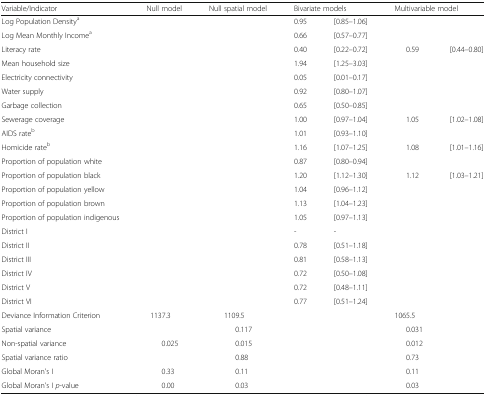
<table><thead><tr><td><b>Variable/Indicator</b></td><td><b>Null model</b></td><td><b>Null spatial model</b></td><td colspan="2"><b>Bivariate models</b></td><td colspan="2"><b>Multivariable model</b></td></tr></thead><tbody><tr><td>Log Population Density<sup>a</sup></td><td></td><td></td><td>0.95</td><td>[0.85–1.06]</td><td></td><td></td></tr><tr><td>Log Mean Monthly Income<sup>a</sup></td><td></td><td></td><td>0.66</td><td>[0.57–0.77]</td><td></td><td></td></tr><tr><td>Literacy rate</td><td></td><td></td><td>0.40</td><td>[0.22–0.72]</td><td>0.59</td><td>[0.44–0.80]</td></tr><tr><td>Mean household size</td><td></td><td></td><td>1.94</td><td>[1.25–3.03]</td><td></td><td></td></tr><tr><td>Electricity connectivity</td><td></td><td></td><td>0.05</td><td>[0.01–0.17]</td><td></td><td></td></tr><tr><td>Water supply</td><td></td><td></td><td>0.92</td><td>[0.80–1.07]</td><td></td><td></td></tr><tr><td>Garbage collection</td><td></td><td></td><td>0.65</td><td>[0.50–0.85]</td><td></td><td></td></tr><tr><td>Sewerage coverage</td><td></td><td></td><td>1.00</td><td>[0.97–1.04]</td><td>1.05</td><td>[1.02–1.08]</td></tr><tr><td>AIDS rate<sup>b</sup></td><td></td><td></td><td>1.01</td><td>[0.93–1.10]</td><td></td><td></td></tr><tr><td>Homicide rate<sup>b</sup></td><td></td><td></td><td>1.16</td><td>[1.07–1.25]</td><td>1.08</td><td>[1.01–1.16]</td></tr><tr><td>Proportion of population white</td><td></td><td></td><td>0.87</td><td>[0.80–0.94]</td><td></td><td></td></tr><tr><td>Proportion of population black</td><td></td><td></td><td>1.20</td><td>[1.12–1.30]</td><td>1.12</td><td>[1.03–1.21]</td></tr><tr><td>Proportion of population yellow</td><td></td><td></td><td>1.04</td><td>[0.96–1.12]</td><td></td><td></td></tr><tr><td>Proportion of population brown</td><td></td><td></td><td>1.13</td><td>[1.04–1.23]</td><td></td><td></td></tr><tr><td>Proportion of population indigenous</td><td></td><td></td><td>1.05</td><td>[0.97–1.13]</td><td></td><td></td></tr><tr><td>District I</td><td></td><td></td><td>-</td><td>-</td><td></td><td></td></tr><tr><td>District II</td><td></td><td></td><td>0.78</td><td>[0.51–1.18]</td><td></td><td></td></tr><tr><td>District III</td><td></td><td></td><td>0.81</td><td>[0.58–1.13]</td><td></td><td></td></tr><tr><td>District IV</td><td></td><td></td><td>0.72</td><td>[0.50–1.08]</td><td></td><td></td></tr><tr><td>District V</td><td></td><td></td><td>0.72</td><td>[0.48–1.11]</td><td></td><td></td></tr><tr><td>District VI</td><td></td><td></td><td>0.77</td><td>[0.51–1.24]</td><td></td><td></td></tr><tr><td>Deviance Information Criterion</td><td>1137.3</td><td>1109.5</td><td></td><td></td><td>1065.5</td><td></td></tr><tr><td>Spatial variance</td><td></td><td>0.117</td><td></td><td></td><td>0.031</td><td></td></tr><tr><td>Non-spatial variance</td><td>0.025</td><td>0.015</td><td></td><td></td><td>0.012</td><td></td></tr><tr><td>Spatial variance ratio</td><td></td><td>0.88</td><td></td><td></td><td>0.73</td><td></td></tr><tr><td>Global Moran’s I</td><td>0.33</td><td>0.11</td><td></td><td></td><td>0.11</td><td></td></tr><tr><td>Global Moran’s I <i>p</i>-value</td><td>0.00</td><td>0.03</td><td></td><td></td><td>0.03</td><td></td></tr></tbody></table>